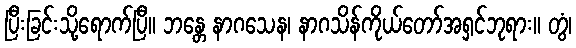
ပြီးခြင်းသို့ရောက်ပြီ။ ဘန္တေ နာဂသေန၊ နာဂသိန်ကိုယ်တော်အရှင်ဘုရား။ တွံ၊